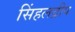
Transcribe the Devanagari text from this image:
सिंहलद्रीप